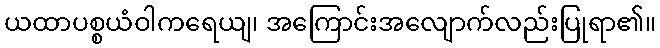
ယထာပစ္စယံဝါကရေယျ၊ အကြောင်းအလျောက်လည်းပြုရာ၏။